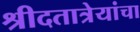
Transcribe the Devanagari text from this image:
श्रीदतात्रेयांचा